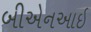
બીએનઆઇ